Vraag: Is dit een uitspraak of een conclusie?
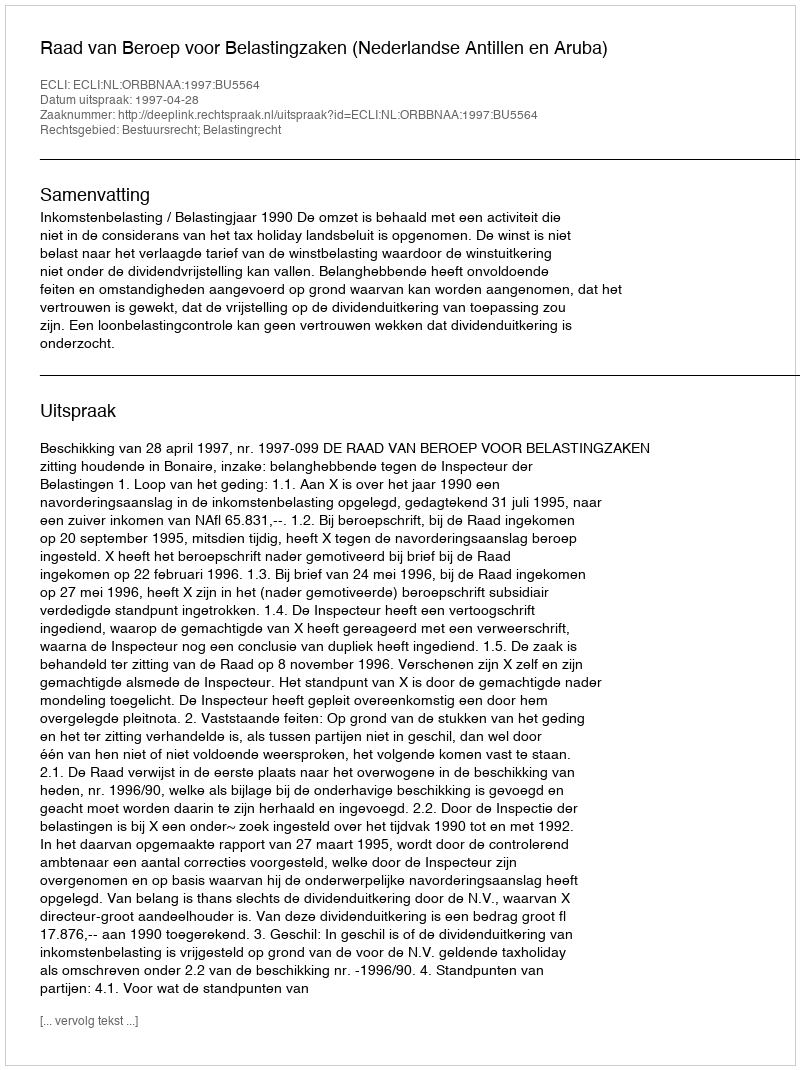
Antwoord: Uitspraak